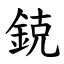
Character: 鋴